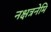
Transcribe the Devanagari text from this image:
नक्षत्रनेमि